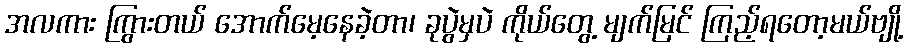
အလကား ကြွားတယ် အောက်မေ့နေခဲ့တာ၊ ခုပွဲမှပဲ ကိုယ်တွေ့ မျက်မြင် ကြည့်ရတော့မယ်ဗျို့